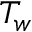
T _ { w }